Vaccination in Burma 1900-1911 - 1900-1911
Year: 1900
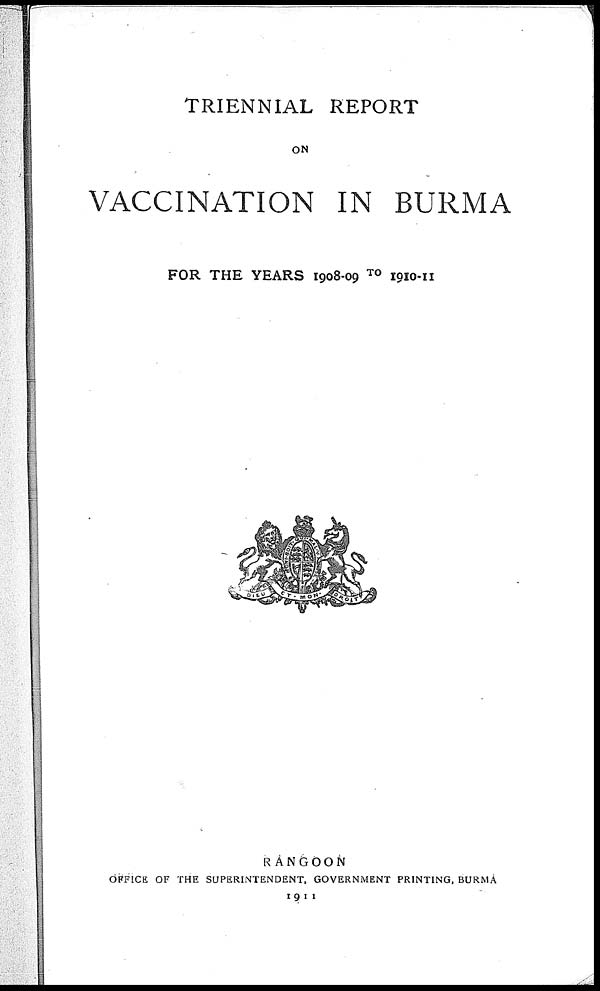
TRIENNIAL REPORT
ON
VACCINATION IN BURMA
FOR THE YEARS 1908-09 TO 1910-11
RANGOON
OFFICE OF THE SUPERINTENDENT, GOVERNMENT PRINTING, BURMA
1911